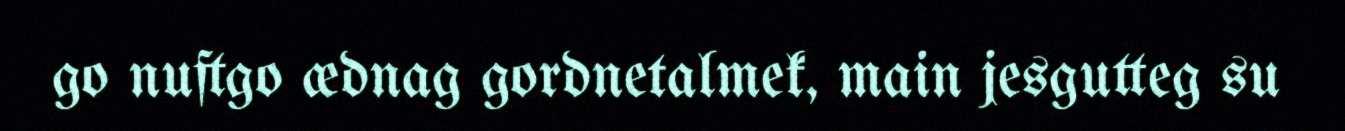
go nuftgo ædnag gordnetalmek, main jesgutteg su